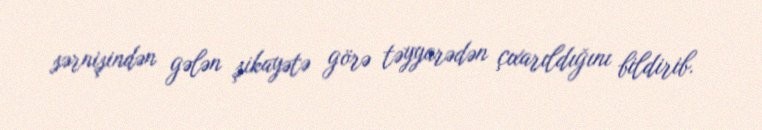
sərnişindən gələn şikayətə görə təyyarədən çıxarıldığını bildirib.